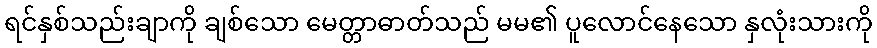
ရင်နှစ်သည်းချာကို ချစ်သော မေတ္တာဓာတ်သည် မမ၏ ပူလောင်နေသော နှလုံးသားကို